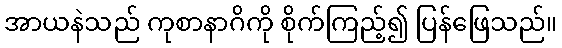
အာယနဲသည် ကုစာနာဂိကို စိုက်ကြည့်၍ ပြန်ဖြေသည်။